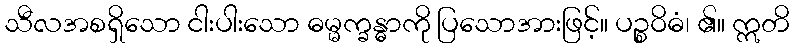
သီလအစရှိသော ငါးပါးသော ဓမ္မက္ခန္ဓာကို ပြသောအားဖြင့်။ ပဉ္စဝိဓံ၊ ၏။ ဣတိ